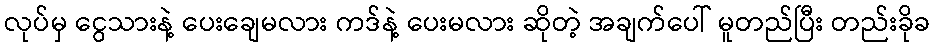
လုပ်မှ ငွေသားနဲ့ ပေးချေမလား ကဒ်နဲ့ ပေးမလား ဆိုတဲ့ အချက်ပေါ် မူတည်ပြီး တည်းခိုခ